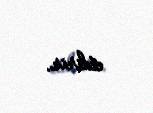
etdirir.